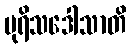
ပုရိသဒေါသာတိ